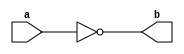
`timescale 1ns / 1ps
//////////////////////////////////////////////////////////////////////////////////
// Company: 
// Engineer: 
// 
// Design Name: 
// Module Name: not_gate
// Project Name: 
// Target Devices: 
// Tool Versions: 
// Description: 
// 
// Dependencies: 
// 
// Revision:
// Revision 0.01 - File Created
// Additional Comments:
// 
//////////////////////////////////////////////////////////////////////////////////


module not_gate(
    input a,
    output b
    );
assign b=~a;
endmodule